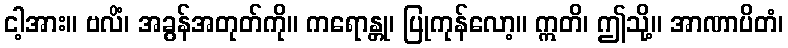
ငါ့အား။ ဗလိံ၊ အခွန်အတုတ်ကို။ ကရောန္တု၊ ပြုကုန်လော့။ ဣတိ၊ ဤသို့။ အာဏာပိတံ၊